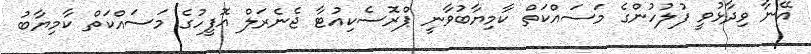
އޭނާ ވިދާޅުވީ ފުލުހުންގެ މަސައްކަތް ކާމިޔާބުވާނީ ޕްރޮސެކިއުޓާ ޖެނެރަލް އޮފީހުގެ މަސައްކަތް ކާމިޔާބު